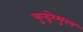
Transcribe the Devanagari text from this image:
कुदुरेमुख